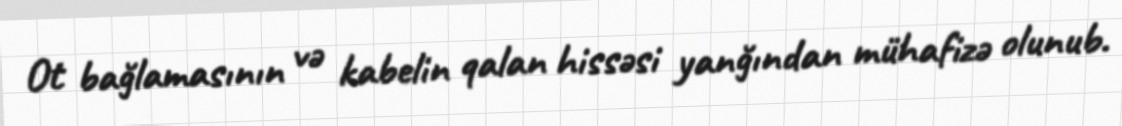
Ot bağlamasının və kabelin qalan hissəsi yanğından mühafizə olunub.